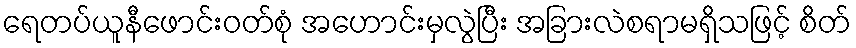
ရေတပ်ယူနီဖောင်းဝတ်စုံ အဟောင်းမှလွဲပြီး အခြားလဲစရာမရှိသဖြင့် စိတ်